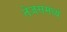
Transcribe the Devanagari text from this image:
तेजसमध्ये